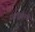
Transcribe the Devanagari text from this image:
रासपुतीनचे